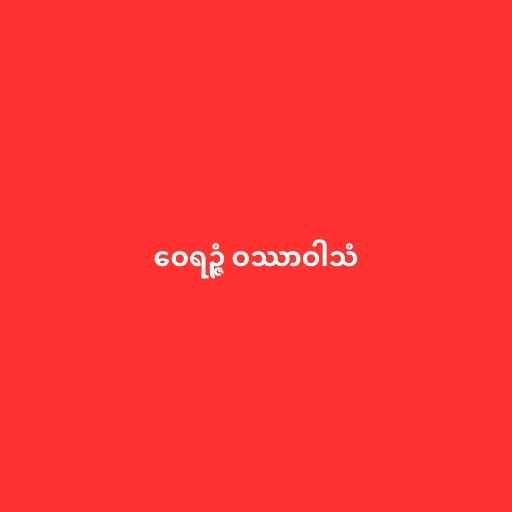
ဝေရဉ္ဇံ ဝဿာဝါသံ